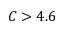
C > 4 . 6